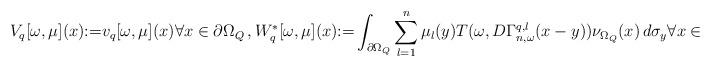
LaTeX: \begin{align*}&V_q[\omega, \mu](x){:=} v_q[\omega, \mu](x) \forall x \in \partial \Omega_Q\,, W_{q}^\ast[\omega, \mu](x){:=} \int_{\partial {\Omega_Q}}\sum_{l=1}^n \mu_{l}(y)T(\omega,D\Gamma_{n,\omega}^{q,l}(x-y))\nu_{{\Omega_Q}}(x)\,d\sigma_y \forall x \in \partial {\Omega_Q}\,.\end{align*}